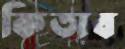
কিতাব